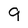
Character: 9